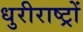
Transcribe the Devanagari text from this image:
धुरीराष्ट्रों